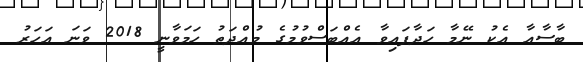
ބާސާއާ އެކު ނޭމާ ހަދާފައިވާ އެއްބަސްވުމުގެ މުއްދަތު ހަމަވާނީ 2018 ވަނަ އަހަރު